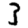
Digit: 3